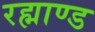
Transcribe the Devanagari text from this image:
रह्माण्ड